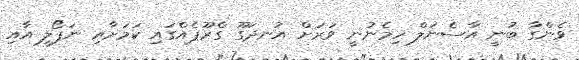
ވެންގާ ބުނީ އާސެނަލް ހިމެނުނީ ވަރަށް އުނދަގޫ ގްރޫޕެއްގައި ކަމަށާއި ނަޕޯލީ އާއި